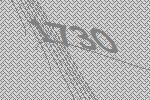
1730